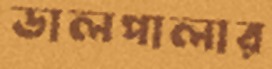
ডালপালার